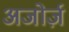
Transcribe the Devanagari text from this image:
अजोर्ज़